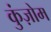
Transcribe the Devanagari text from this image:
कुंज़ोम